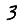
Digit: 3